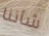
شأننا